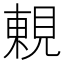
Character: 𧡍